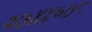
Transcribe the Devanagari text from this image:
२७४४६७८